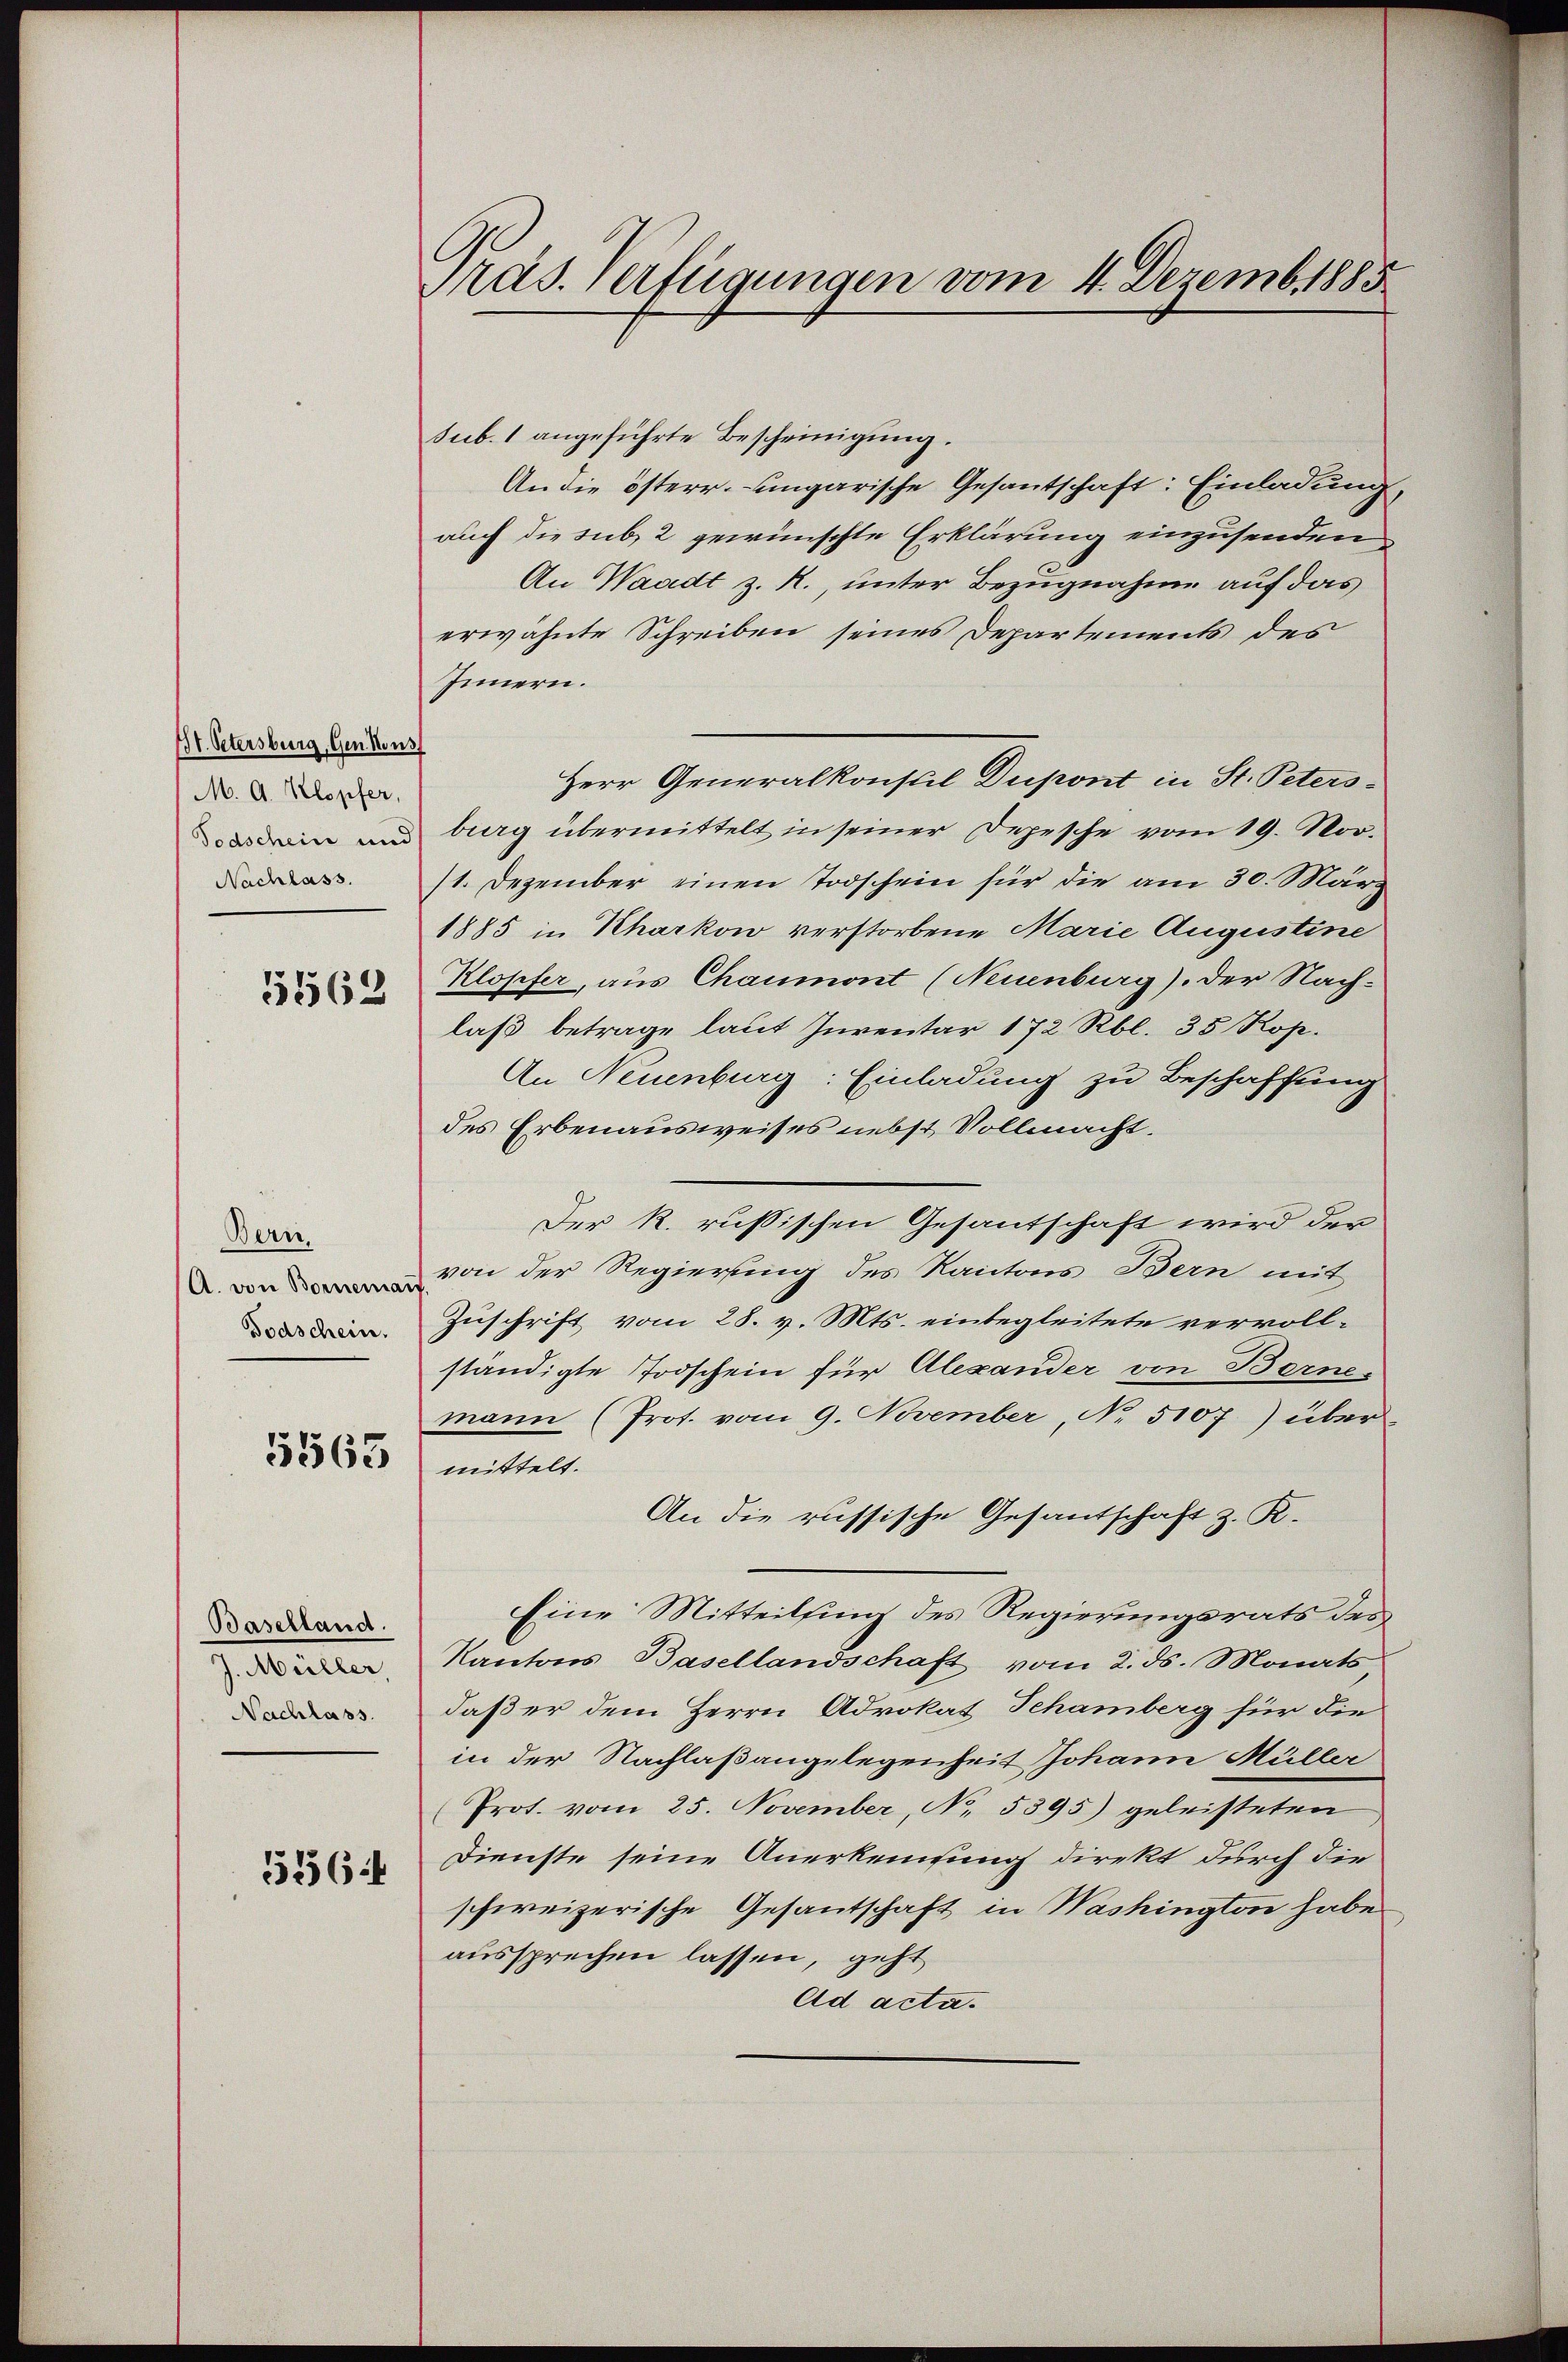
Bt. Petersburg, Gen. Kons
M. A. Klopfer,
Nachlass.

5562

Bern,
(A. von Borneman
Todschein.

5563

Baselland.
J. Müller,
Nachlass.

556

Präs. Verfügungen vom 4. Dezemb. 1885.

sub. 1 angeführte Bescheinigung.
An die österr.-ungarische Gesantschaft: Einladung,
auch die sub 2 gewünschte Erklärung einzusenden
An Waadt z. R., unter Bezugnahme auf das
erwähnte Schreiben seines Departements des
Innern.
Herr Generalkonsul Dupont in St. Peters-
n und burg übermittelt in seiner Depesche vom 19. Nov.
/1. Dezember einen Todschein für die am 30. März
1885 in Kharkow verstorbene Marie Augustine
Klopfer, aus Chaumont (Neuenburg), der Nach-
laß betrage laut Inventar 172 Rbl. 35 Rop.
An Neuenburg: Einladung zu Beschaffung
des Erbenausweises nebst Vollmacht.
Der R. russischen Gesandtschaft wird der
von der Regierung des Kantons Bern mit
Zuschrift vom 28. v. Mts. einbegleitete vervollständigte Todschein für Alexander von Berne.
mann (Prot. vom 9. November, No 5107) übermittelt.
An die russische Gesantschaft z. R.
Eine Mitteilung des Regierungsrats des
Kantons Basellandschaft vom 2. ds. Monats
daß er dem Herrn Advokat Schamberg für die
in der Nachlaßangelegenheit Johann Müller
(Prot. vom 25. November, No. 5395) geleisteten
Dienste seine Anerkennung direkt durch die
schweizerische Gesantschaft in Washington habe.
aussprechen lassen, geht
Ad acta.